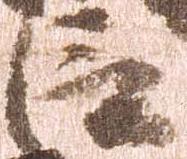
臣